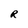
Character: R